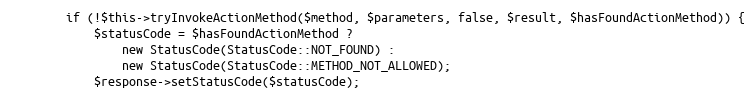
Language: PHP
        if (!$this->tryInvokeActionMethod($method, $parameters, false, $result, $hasFoundActionMethod)) {
            $statusCode = $hasFoundActionMethod ?
                new StatusCode(StatusCode::NOT_FOUND) :
                new StatusCode(StatusCode::METHOD_NOT_ALLOWED);
            $response->setStatusCode($statusCode);